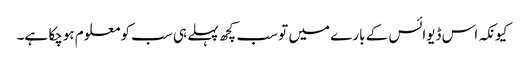
کیونکہ اس ڈیوائس کے بارے میں تو سب کچھ پہلے ہی سب کو معلوم ہوچکا ہے۔